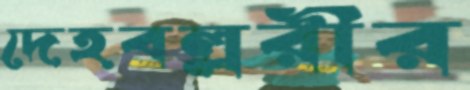
দেহবল্লরীর